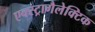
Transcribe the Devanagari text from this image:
एक्स्ट्रागैलेक्टिक